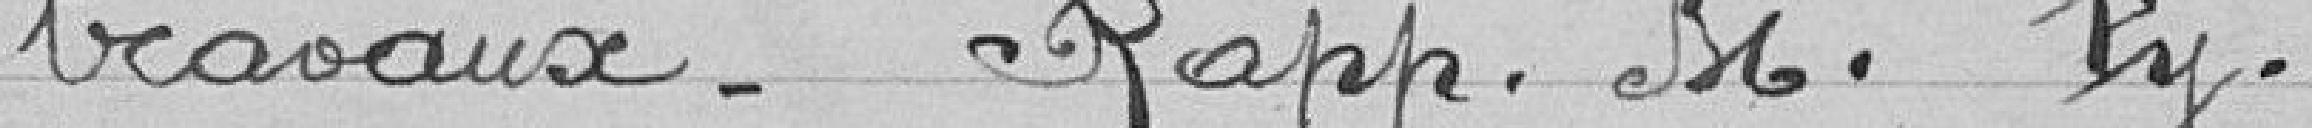
travaux. Rapp. M. Py.